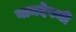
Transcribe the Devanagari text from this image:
वामदेवजी